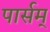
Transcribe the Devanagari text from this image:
पार्सम्